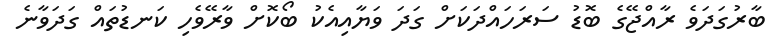
ބާރުގަދަވެ ރާއްޖޭގެ ބޮޑު ސަރަހައްދަކަށް ގަދަ ވަޔާއިއެކު ބޯކޮށް ވާރޭވެހި ކަނޑުތައް ގަދަވާނެ